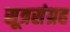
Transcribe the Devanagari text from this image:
सूत्रसंग्रह